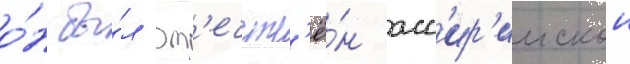
о́н бы́л вп'ечатл'ё́н асс'ир'иискои